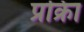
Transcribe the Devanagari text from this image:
प्रक्रिा